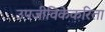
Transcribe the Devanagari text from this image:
उपजीविकेकरिता